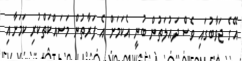
އޭގެ ޖަވާބުގައި ވެސް ދައުލަތުން ބުނީ އެކަމަށް އެ ފަރާތުން މަސައްކަތްކުރި ކަމަށާއި